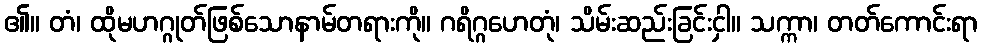
၏။ တံ၊ ထိုမဟဂ္ဂုတ်ဖြစ်သောနာမ်တရားကို။ ဂရိဂ္ဂဟေတုံ၊ သိမ်းဆည်းခြင်းငှါ။ သက္ကာ၊ တတ်ကောင်းရာ